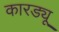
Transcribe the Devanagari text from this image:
कारड्यू